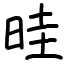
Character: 晆